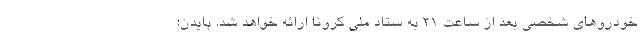
خودروهای شخصی بعد از ساعت 21 به ستاد ملی کرونا ارائه خواهد شد. بایدن: